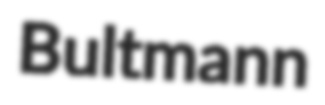
Bultmann